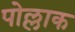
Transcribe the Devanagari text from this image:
पोल्लाक